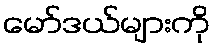
မော်ဒယ်များကို